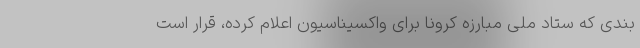
بندی که ستاد ملی مبارزه کرونا برای واکسیناسیون اعلام کرده، قرار است